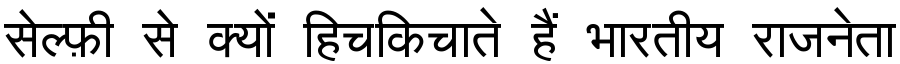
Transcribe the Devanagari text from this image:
सेल्फ़ी से क्यों हिचकिचाते हैं भारतीय राजनेता